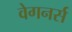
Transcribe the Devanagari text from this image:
वेगनर्स